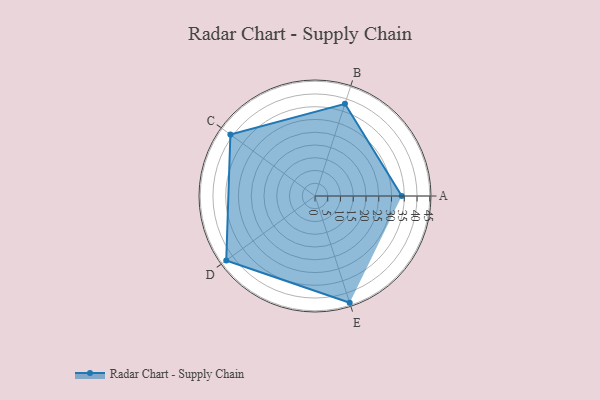
{"axis": {"x": "Skill", "y": "Score"}, "legend": ["Profile"], "data": [{"x": "A", "y": 34.0, "type": "Profile"}, {"x": "B", "y": 38.0, "type": "Profile"}, {"x": "C", "y": 41.0, "type": "Profile"}, {"x": "D", "y": 43.0, "type": "Profile"}, {"x": "E", "y": 44.0, "type": "Profile"}]}